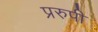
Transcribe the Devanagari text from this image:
प्ररुपी